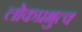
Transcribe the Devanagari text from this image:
लोकप्रभुत्व